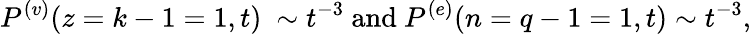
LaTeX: P^{(v)}(z=k-1=1,t)~\sim t^{-3}\ \mathrm{and}\ P^{(e)}(n=q-1=1,t)\sim t^{-3},